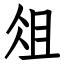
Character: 俎